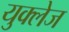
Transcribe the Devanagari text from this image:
युक्लेज